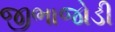
જીભાજોડી